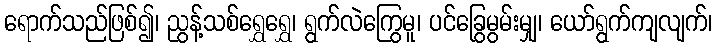
ရောက်သည်ဖြစ်၍၊ ညွန့်သစ်ရွှေရွှေ၊ ရွက်လဲကြွေမူ၊ ပင်ခြွေမွမ်းမျှ၊ ယော်ရွက်ကျလျက်၊